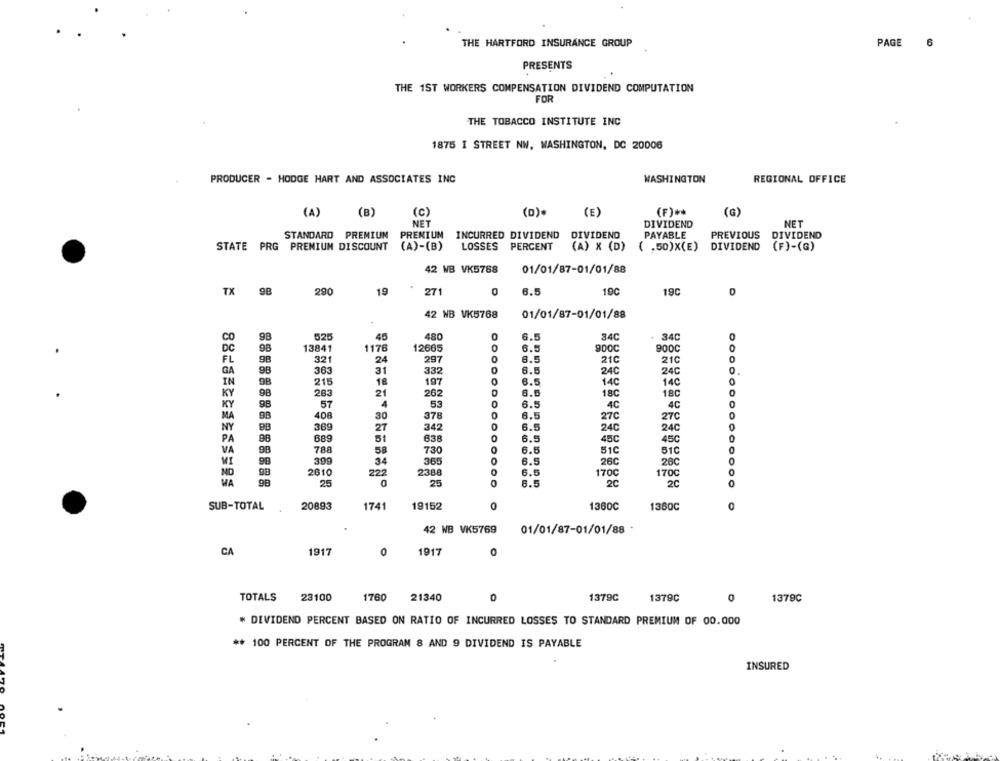
THE HARTFORD INSURANCE GROUP
PAGE
6
PRESENTS
THE 1ST WORKERS COMPENSATION DIVIDEND COMPUTATION
FOR
THE TOBACCO INSTITUTE INC
1875 I STREET NW, WASHINGTON, DC 20006
PRODUCER - HODGE HART AND ASSOCIATES INC
WASHINGTON
REGIONAL OFFICE
(A)
(B)
(c)
(D).
(E)
(F) **
(G)
NET
DIVIDEND
NET
STANDARD PREMIUM
PRENIUM INCURRED DIVIDEND DIVIDEND
PAYABLE
PREVIOUS
DIVIDEND
STATE PRG PREMIUM DISCOUNT
(A)-(B)
LOSSES PERCENT
(A) X (D)
( .50) X(E)
DIVIDEND
(F)-(G)
42 WB VK5768
01/01/87-01/01/88
TX 98
290
19
271
0
6.5
190
19C
0
42 NB VK5768
01/01/87-01/01/88
98
525
45
480
0
6.5
34C
34C
98
13841
1176
12665
0
6.5
900C
900C
0
321
297
210
21C
9B
24
0
6.5
98
363
31
332
0
6.5
24C
24C
98
215
18
197
6.5
14C
14C
98
283
21
262
8.5
18C
18C
57
4
53
6.5
4C
4C
98
408
30
378
0
6.5
27C
27C
NY
369
27
342
6.5
0
24C
24C
PA
51
638
0
6.5
45C
45C
788
58
730
0
6.5
51C
51C
9B
98
390
34
365
O
6.5
26C
28C
98
2610
222
2388
6.5
170C
170℃
MA
98
25
25
6.5
2C
2C
0
SUB-TOTAL
20893
1741
19152
0
1380C
1360C
42 WB VK5769
01/01/87-01/01/88
CA
1917
1917
0
TOTALS
23100
1760
21340
0
1379C
1379C
0
1379C
* DIVIDEND PERCENT BASED ON RATIO OF INCURRED LOSSES TO STANDARD PREMIUM OF 00.000
** 100 PERCENT OF THE PROGRAM 8 AND 9 DIVIDEND IS PAYABLE
INSURED